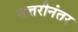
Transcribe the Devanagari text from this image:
सत्तरीनंतर